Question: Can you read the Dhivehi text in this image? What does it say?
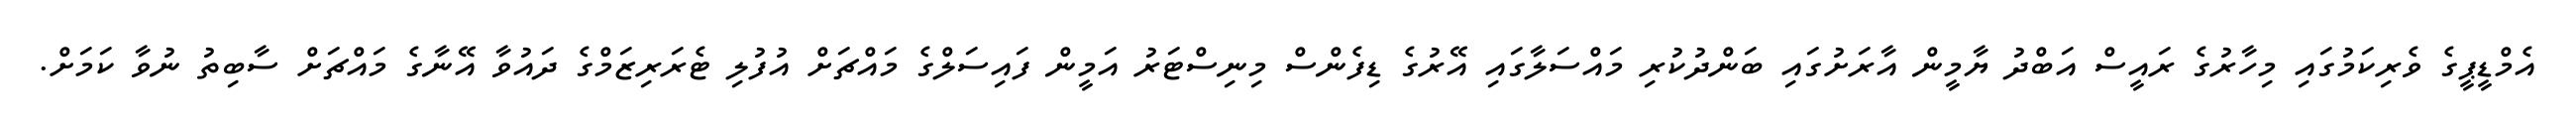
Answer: އެމްޑީޕީގެ ވެރިކަމުގައި މިހާރުގެ ރައީސް އަބްދު ޔާމީން އާރަށުގައި ބަންދުކުރި މައްސަލާގައި އޭރުގެ ޑިފެންސް މިނިސްޓަރު އަމީން ފައިސަލްގެ މައްޗަށް އުފުލި ޓެރަރިޒަމްގެ ދައުވާ އޭނާގެ މައްޗަށް ސާބިތު ނުވާ ކަމަށް.